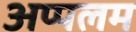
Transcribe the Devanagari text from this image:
अप्पलम